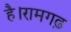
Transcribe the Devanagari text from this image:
है।रामगढ़